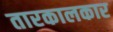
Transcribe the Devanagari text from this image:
तारकालकार